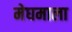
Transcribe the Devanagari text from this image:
मेघमाला